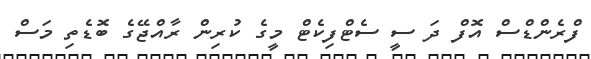
ފްރެންޑްސް އޮފް ދަ ސީ ސެޓްފިކެޓް މީގެ ކުރިން ރާއްޖޭގެ ބޮޑެތި މަސް